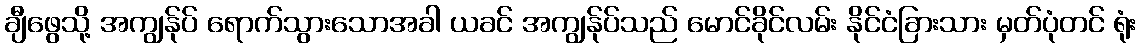
ချီဖွေသို့ အကျွန်ုပ် ရောက်သွားသောအခါ ယခင် အကျွန်ုပ်သည် မောင်ခိုင်လမ်း နိုင်ငံခြားသား မှတ်ပုံတင် ရုံး